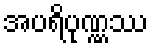
အပရိပုဏ္ဏဿ